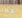
كما